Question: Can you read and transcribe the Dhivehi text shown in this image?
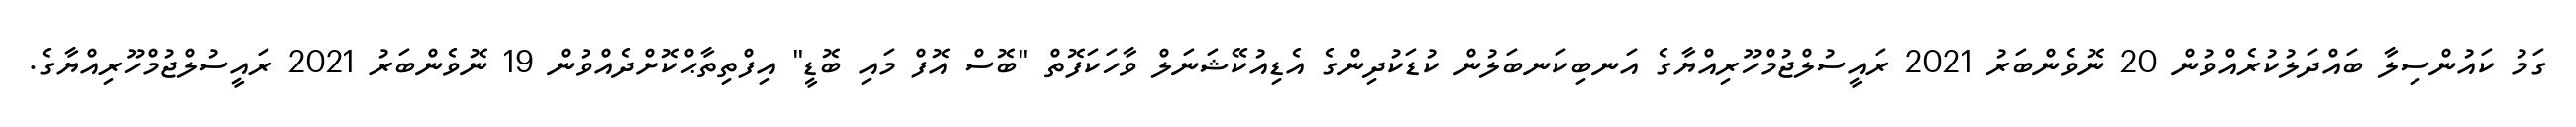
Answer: ގަމު ކައުންސިލާ ބައްދަލުކުރެއްވުން 20 ނޮވެންބަރު 2021 ރައީސުލްޖުމްހޫރިއްޔާގެ އަނބިކަނބަލުން ކުޑަކުދިންގެ އެޑިއުކޭޝަނަލް ވާހަކަފޮތް "ބޮސް އޮފް މައި ބޮޑީ" އިފްތިތާޙްކޮށްދެއްވުން 19 ނޮވެންބަރު 2021 ރައީސުލްޖުމްހޫރިއްޔާގެ.